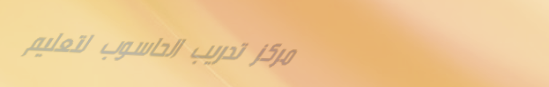
مركز تدريب الحاسوب لتعليم